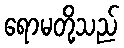
ရောမတို့သည်